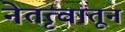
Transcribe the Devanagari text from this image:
नेतृत्वातून